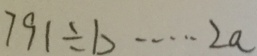
7 9 1 \div b \cdots 2 a